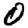
Digit: 0